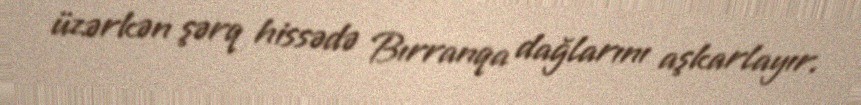
üzərkən şərq hissədə Bırranqa dağlarını aşkarlayır.